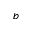
b